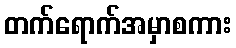
တက်ရောက်အမှာစကား